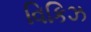
વિકિઝ